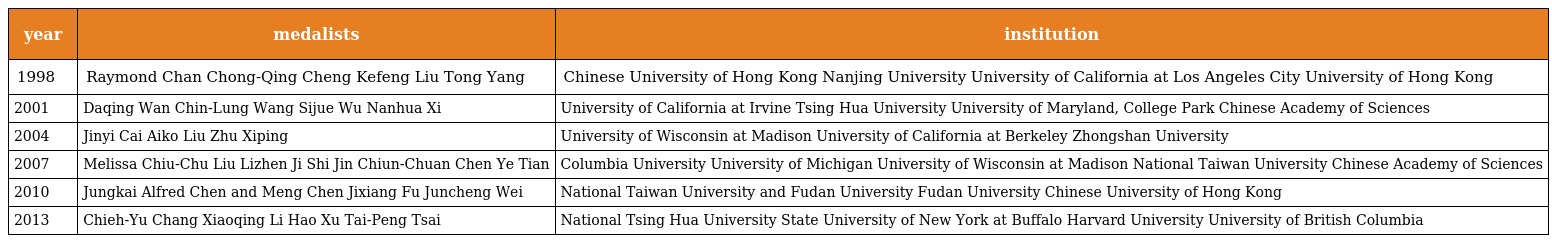
| year | medalists | institution |
 | --- | --- | --- |
 | 1998 | Raymond Chan Chong-Qing Cheng Kefeng Liu Tong Yang | Chinese University of Hong Kong Nanjing University University of California at Los Angeles City University of Hong Kong |
 | 2001 | Daqing Wan Chin-Lung Wang Sijue Wu Nanhua Xi | University of California at Irvine Tsing Hua University University of Maryland, College Park Chinese Academy of Sciences |
 | 2004 | Jinyi Cai Aiko Liu Zhu Xiping | University of Wisconsin at Madison University of California at Berkeley Zhongshan University |
 | 2007 | Melissa Chiu-Chu Liu Lizhen Ji Shi Jin Chiun-Chuan Chen Ye Tian | Columbia University University of Michigan University of Wisconsin at Madison National Taiwan University Chinese Academy of Sciences |
 | 2010 | Jungkai Alfred Chen and Meng Chen Jixiang Fu Juncheng Wei | National Taiwan University and Fudan University Fudan University Chinese University of Hong Kong |
 | 2013 | Chieh-Yu Chang Xiaoqing Li Hao Xu Tai-Peng Tsai | National Tsing Hua University State University of New York at Buffalo Harvard University University of British Columbia |